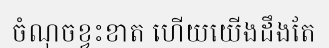
ចំណុចខ្វះខាត ហើយយើងដឹងតែ